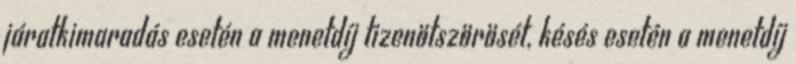
járatkimaradás esetén a menetdíj tizenötszörösét, késés esetén a menetdíj